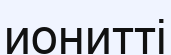
ионитті